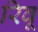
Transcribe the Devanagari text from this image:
रिवू